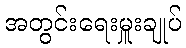
အတွင်းရေးမှူးချုပ်